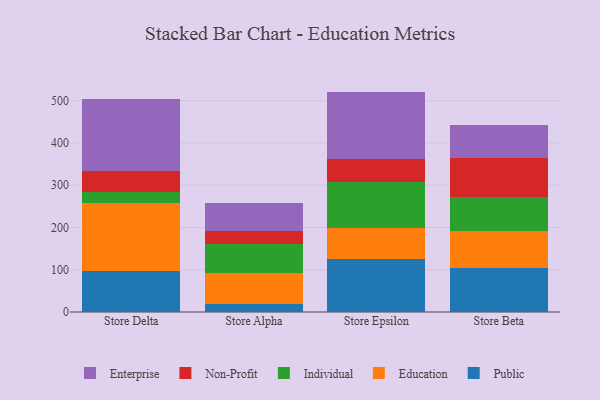
{"axis": {"x": "Store", "y": "Temperature (°C)"}, "legend": ["Education", "Enterprise", "Individual", "Non-Profit", "Public"], "data": [{"x": "Store Delta", "y": 97.0, "type": "Public"}, {"x": "Store Delta", "y": 160.9, "type": "Education"}, {"x": "Store Delta", "y": 25.6, "type": "Individual"}, {"x": "Store Delta", "y": 50.3, "type": "Non-Profit"}, {"x": "Store Delta", "y": 169.8, "type": "Enterprise"}, {"x": "Store Alpha", "y": 18.1, "type": "Public"}, {"x": "Store Alpha", "y": 74.4, "type": "Education"}, {"x": "Store Alpha", "y": 69.3, "type": "Individual"}, {"x": "Store Alpha", "y": 30.3, "type": "Non-Profit"}, {"x": "Store Alpha", "y": 66.8, "type": "Enterprise"}, {"x": "Store Epsilon", "y": 125.6, "type": "Public"}, {"x": "Store Epsilon", "y": 72.8, "type": "Education"}, {"x": "Store Epsilon", "y": 110.3, "type": "Individual"}, {"x": "Store Epsilon", "y": 52.7, "type": "Non-Profit"}, {"x": "Store Epsilon", "y": 160.2, "type": "Enterprise"}, {"x": "Store Beta", "y": 103.9, "type": "Public"}, {"x": "Store Beta", "y": 88.9, "type": "Education"}, {"x": "Store Beta", "y": 78.6, "type": "Individual"}, {"x": "Store Beta", "y": 92.7, "type": "Non-Profit"}, {"x": "Store Beta", "y": 78.3, "type": "Enterprise"}]}